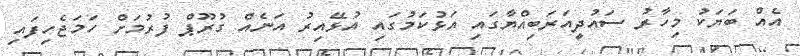
އެއް ބަޔަކު މިހާރު ސައުދީއަރަބިއްޔާގައި އަޅުކަމުގައި އުޅޭއިރު އަނެއް ގުރޫޕް ފުރުމަށް ހަމަޖެހިފައި